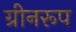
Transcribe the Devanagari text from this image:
ग्रीनरूप